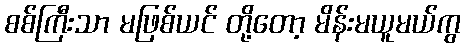
စစ်ကြီးသာ မဖြစ်ယင် တို့တော့ မိန်းမယူမယ်ကွ